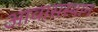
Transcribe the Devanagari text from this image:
आवासस्थान